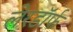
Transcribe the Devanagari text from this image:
लेरडॉर्फ